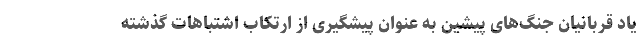
یاد قربانیان جنگ‌های پیشین به عنوان پیشگیری از ارتکاب اشتباهات گذشته